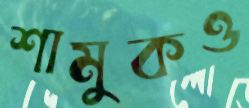
শামুকও